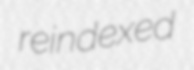
reindexed